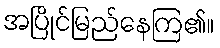
အပြိုင်မြည်နေကြ၏။